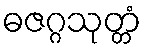
ဓဇဂ္ဂသုတ္တံ